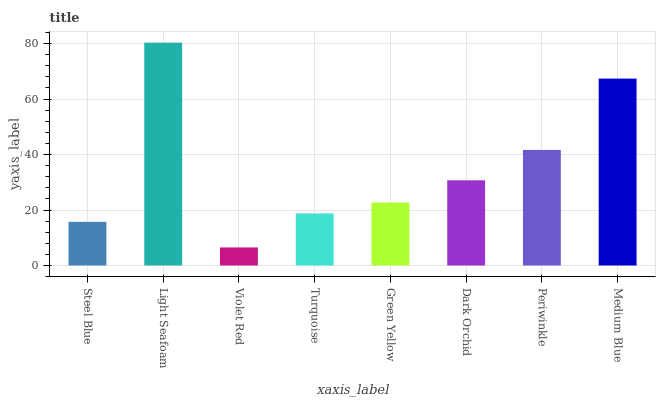
| xaxis_label | bars |
 | --- | --- |
 | Steel Blue | 15.7 |
 | Light Seafoam | 80.3 |
 | Violet Red | 6.51 |
 | Turquoise | 18.8 |
 | Green Yellow | 22.7 |
 | Dark Orchid | 30.7 |
 | Periwinkle | 41.7 |
 | Medium Blue | 67.4 |